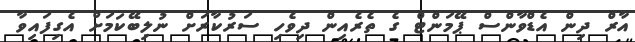
އާރް ދިން އެޑްވާންސް ޕޭމަންޓް ގެ ތެރެއިން ދިވެހި ސަރުކާރަށް ނުލިބޭކަމަށް އެގިފައިވާ